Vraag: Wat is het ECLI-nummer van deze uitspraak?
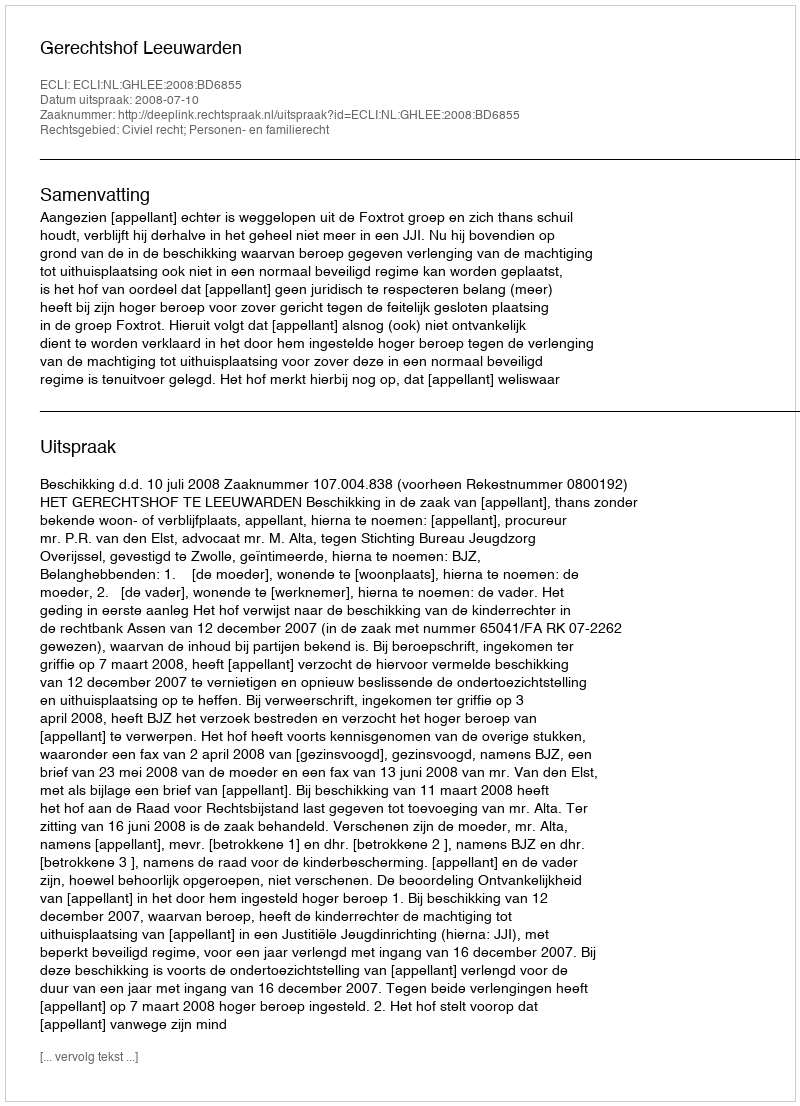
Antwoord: ECLI:NL:GHLEE:2008:BD6855